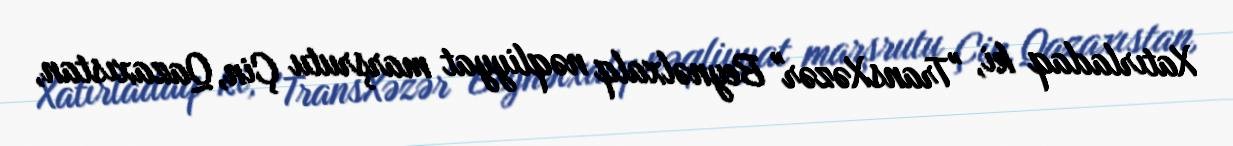
Xatırladaq ki, "TransXəzər" Beynəlxalq nəqliyyat marşrutu Çin, Qazaxıstan,